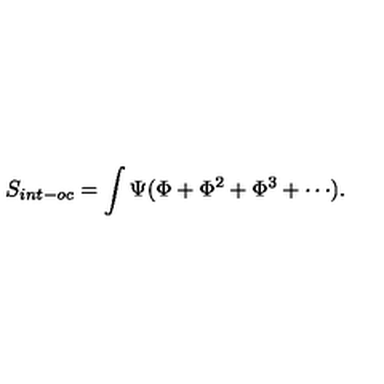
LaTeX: S _ { i n t - o c } = \int \Psi ( \Phi + \Phi ^ { 2 } + \Phi ^ { 3 } + \cdots ) .